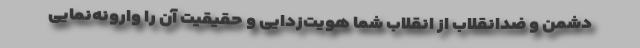
دشمن و ضدانقلاب از انقلاب شما هویت‌زدایی و حقیقیت آن را وارونه‌نمایی